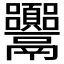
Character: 𩱴